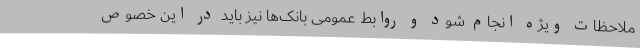
ملاحظات ویژه انجام شود و روابط عمومی بانک‌ها نیز باید در این خصوص